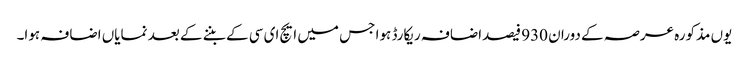
یوں مذکورہ عرصہ کے دوران 930 فیصداضافہ ریکارڈ ہوا جس میں ایچ ای سی کے بننے کے بعد نمایاں اضافہ ہوا۔